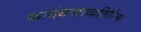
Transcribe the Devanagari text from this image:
कादंबऱ्यांव्यतिरिक्त